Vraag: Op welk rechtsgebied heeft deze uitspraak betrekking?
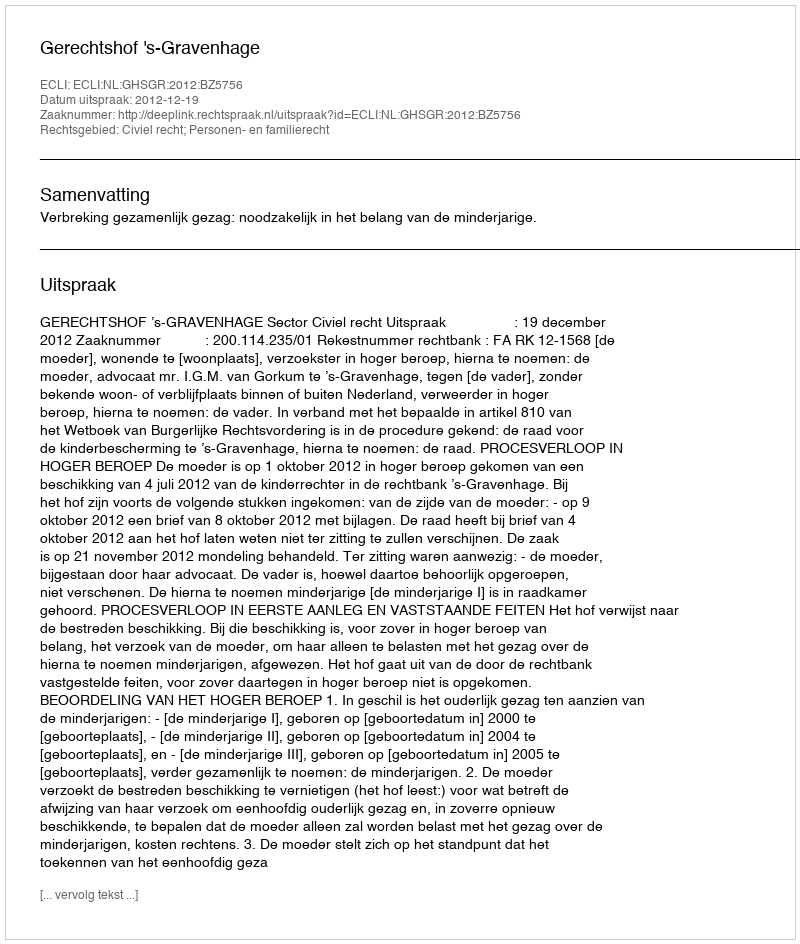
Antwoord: Civiel recht; Personen- en familierecht